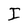
Character: I